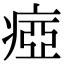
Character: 瘂